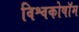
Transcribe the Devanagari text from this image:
विश्वकोषॉम